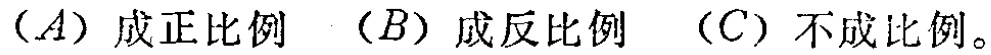
$(A)$成正比例  $(B)$成反比例  $(C)$不成比例。